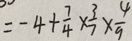
= - 4 + \frac { 7 } { 4 } \times \frac { 3 } { 7 } \times \frac { 4 } { 9 }